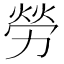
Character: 勞